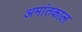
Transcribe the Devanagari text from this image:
अमांतकाल